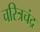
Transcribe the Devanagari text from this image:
चरित्रचंद्र